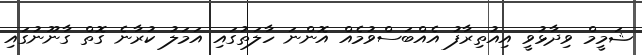
ޝަމީމް ވިދާޅުވީ އިއުތިރާފު އެއްބަސްވުމެއް އޮންނަ ހާލަތުގައި އަމަލު ކުރާނެ ގޮތް ގާނޫނުގައި